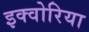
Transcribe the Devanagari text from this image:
इक्वोरिया